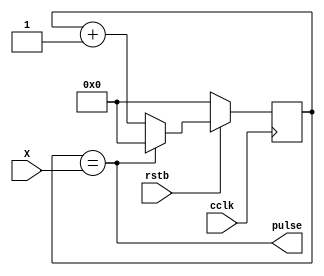
`timescale 1ns / 1ps
`default_nettype none
//////////////////////////////////////////////////////////////////////////////////
// 
// Module Name:    pulse_train 
// Description: 
//
//////////////////////////////////////////////////////////////////////////////////

module pulse_train(cclk, rstb, X, pulse);
    //define inputs
    input wire cclk, rstb; //all fsms will have clock and reset
    input wire [31:0] X; //the input that determines how often the pulse will happen (lower is more frequent)
    output wire pulse;
     
    reg [31:0] count; //our state variable
     
    //pulse is an output of the FSM, so make sure to drive it outside of the always block!
    //only transitional logic and flip flop related statements should go inside always blocks
    assign pulse = (count == X);  //this creates an equals combinational logic structure for us - this is a bit behavioural, but actually better.
     
    //only the transitional logic goes in the always block
    always @(posedge cclk) begin
        if(~rstb) begin //always take care of the reset first
            count <= 31'd0;  //reset the count to a known state (zero)
        end
        else begin //out of reset
            //the mux is created by the if statement
            if(count == X) begin
                count <= 31'd0; //be careful to size your constants properly
            end
            else begin
                count <= count + 31'd1;  //Xilinx will put a nice combinational adder here for you
            end
        end
    end
endmodule
`default_nettype wire